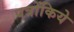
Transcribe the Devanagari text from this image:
पत्रोंकिये